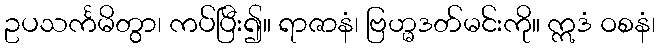
ဥပသင်္ကမိတွာ၊ ကပ်ပြီး၍။ ရာဇာနံ၊ ဗြဟ္မဒတ်မင်းကို။ ဣဒံ ဝစနံ၊